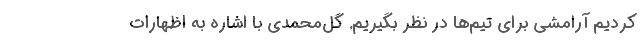
کردیم آرامشی برای تیم‌ها در نظر بگیریم. گل‌محمدی با اشاره به اظهارات